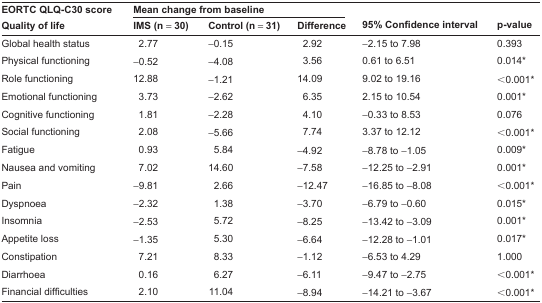
<table><thead><tr><td rowspan="2"><b>EORTC QLQ-C30 scoreQuality of life</b></td><td colspan="3"><b>Mean change from baseline</b></td><td rowspan="2"><b>95% Confidence interval</b></td><td rowspan="2"><b>p-value</b></td></tr><tr><td><b>IMS (n = 30)</b></td><td><b>Control (n = 31)</b></td><td><b>Difference</b></td></tr></thead><tbody><tr><td>Global health status</td><td>2.77</td><td>−0.15</td><td>2.92</td><td>−2.15 to 7.98</td><td>0.393</td></tr><tr><td>Physical functioning</td><td>−0.52</td><td>−4.08</td><td>3.56</td><td>0.61 to 6.51</td><td>0.014*</td></tr><tr><td>Role functioning</td><td>12.88</td><td>−1.21</td><td>14.09</td><td>9.02 to 19.16</td><td>&lt;0.001*</td></tr><tr><td>Emotional functioning</td><td>3.73</td><td>−2.62</td><td>6.35</td><td>2.15 to 10.54</td><td>0.001*</td></tr><tr><td>Cognitive functioning</td><td>1.81</td><td>−2.28</td><td>4.10</td><td>−0.33 to 8.53</td><td>0.076</td></tr><tr><td>Social functioning</td><td>2.08</td><td>−5.66</td><td>7.74</td><td>3.37 to 12.12</td><td>&lt;0.001*</td></tr><tr><td>Fatigue</td><td>0.93</td><td>5.84</td><td>−4.92</td><td>−8.78 to −1.05</td><td>0.009*</td></tr><tr><td>Nausea and vomiting</td><td>7.02</td><td>14.60</td><td>−7.58</td><td>−12.25 to −2.91</td><td>0.001*</td></tr><tr><td>Pain</td><td>−9.81</td><td>2.66</td><td>−12.47</td><td>−16.85 to −8.08</td><td>&lt;0.001*</td></tr><tr><td>Dyspnoea</td><td>−2.32</td><td>1.38</td><td>−3.70</td><td>−6.79 to −0.60</td><td>0.015*</td></tr><tr><td>Insomnia</td><td>−2.53</td><td>5.72</td><td>−8.25</td><td>−13.42 to −3.09</td><td>0.001*</td></tr><tr><td>Appetite loss</td><td>−1.35</td><td>5.30</td><td>−6.64</td><td>−12.28 to −1.01</td><td>0.017*</td></tr><tr><td>Constipation</td><td>7.21</td><td>8.33</td><td>−1.12</td><td>−6.53 to 4.29</td><td>1.000</td></tr><tr><td>Diarrhoea</td><td>0.16</td><td>6.27</td><td>−6.11</td><td>−9.47 to −2.75</td><td>&lt;0.001*</td></tr><tr><td>Financial difficulties</td><td>2.10</td><td>11.04</td><td>−8.94</td><td>−14.21 to −3.67</td><td>&lt;0.001*</td></tr></tbody></table>